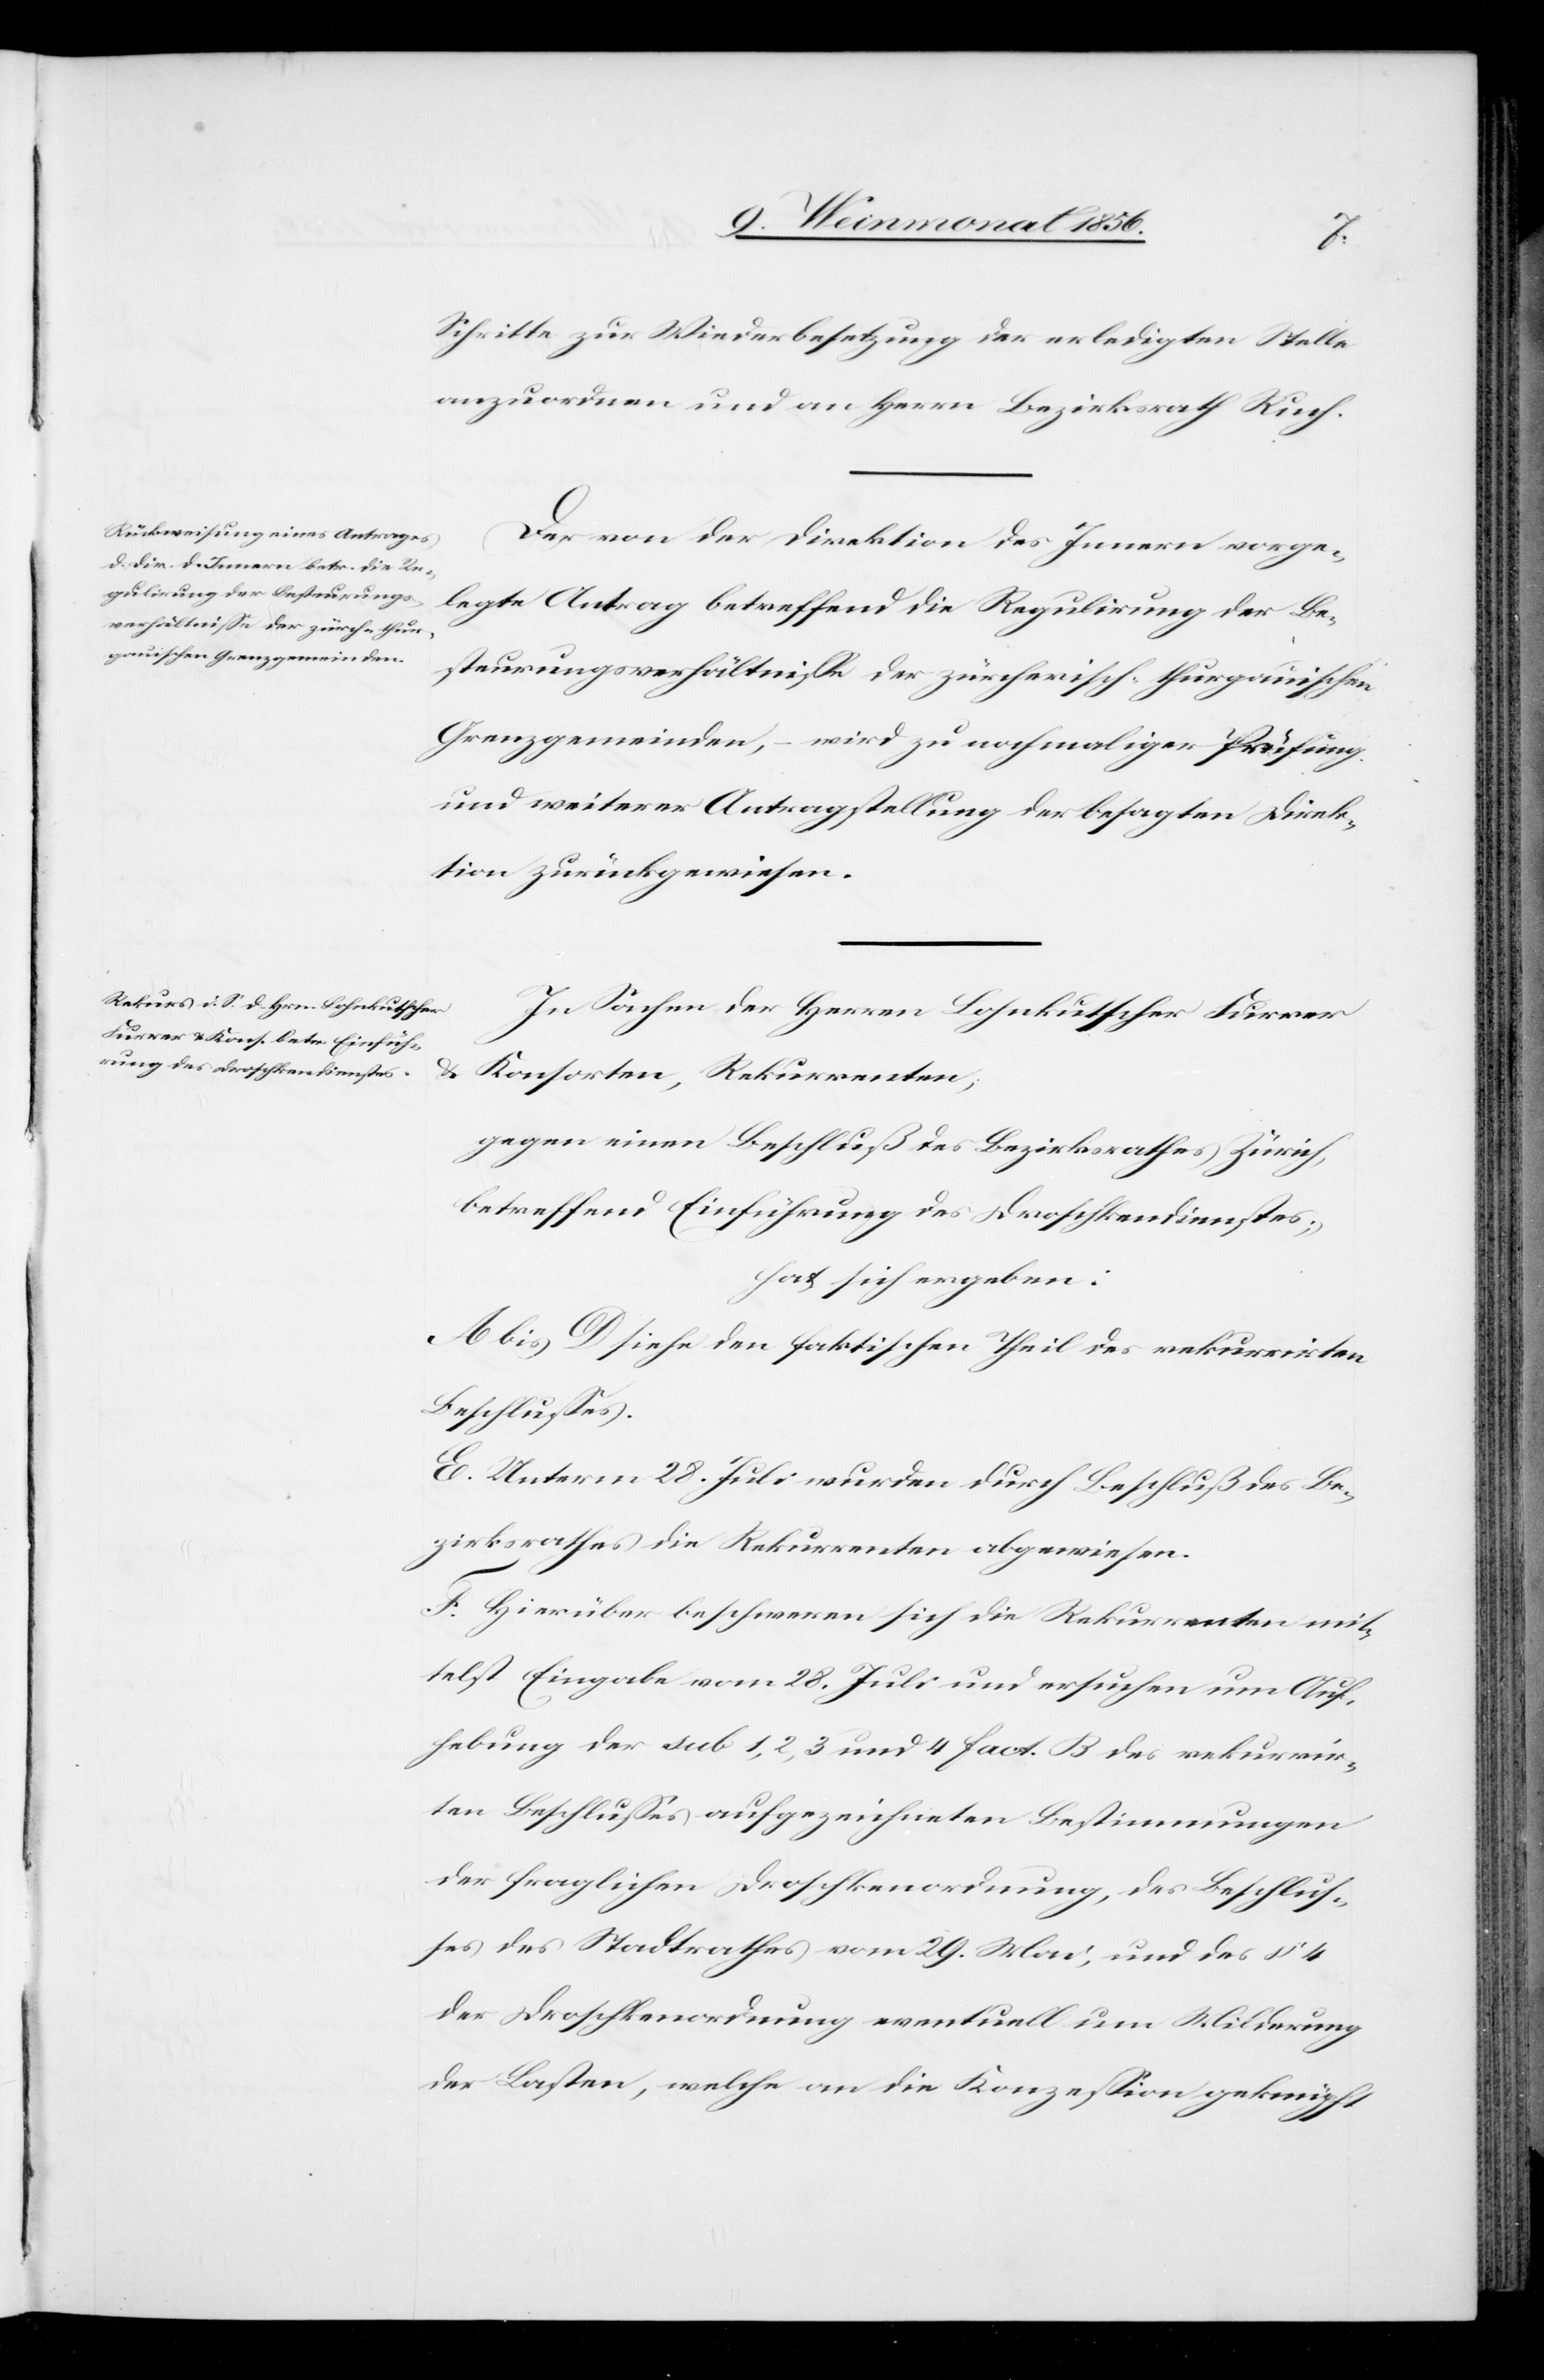
Schritte zur Wiederbesetzung der erledigten Stelle
anzuordnen und an Herrn Bezirksrath Ruch.
Der von der Direktion des Innern vorge¬
legte Antrag betreffend die Regulirung der Be¬
steurungsverhältnisse der zürcherisch-thurgauischen
Grenzgemeinden, – wird zu nochmaliger Prüfung
und weiterer Antragstellung der besagten Direk¬
tion zurückgewiesen.
In Sachen der Herren Lohnkutscher Furrer
Konsorten, Rekurrenten;
gegen einen Beschluß des Bezirksrathes Zürich,
betreffend Einführung des Droschkendienstes;
hat sich ergeben:
A. bis D. siehe den faktischen Theil des rekurrirten
Beschlusses.
E. Unterm 28. Juli wurden durch Beschluß des Be¬
zirksrathes die Rekurrenten abgewiesen.
F. Hierüber beschweren sich die Rekurrenten mit¬
telst Eingabe vom 28. Juli und ersuchen um Auf¬
hebung der sub 1, 2, 3 und 4 fact. B des rekurrir¬
ten Beschlusses aufgezeichneten Bestimmungen
der fraglichen Droschkenordnung, des Beschlus¬
ses des Stadtrathes vom 29. Mai, und des § 4
der Droschkenordnung eventuell um Milderung
der Lasten, welche an die Konzession geknüpft